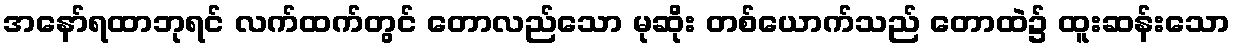
အနော်ရထာဘုရင် လက်ထက်တွင် တောလည်သော မုဆိုး တစ်ယောက်သည် တောထဲ၌ ထူးဆန်းသော